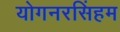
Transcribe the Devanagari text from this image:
योगनरसिंहम